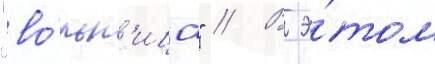
"во́льн'ица" // В э́том